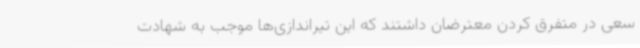
سعی در متفرق کردن معترضان داشتند که این تیراندازی‌ها موجب به شهادت